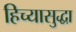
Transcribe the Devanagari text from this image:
हिच्यासुद्धा